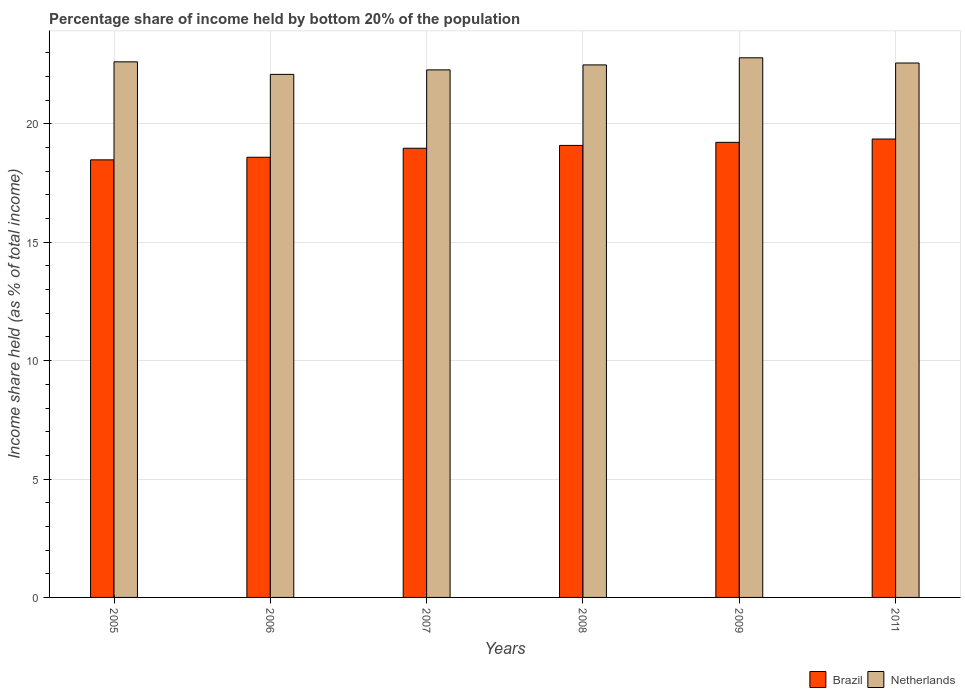
| Years | Brazil | Netherlands |
 | --- | --- | --- |
 | 2005 | 18.5 | 22.6 |
 | 2006 | 18.6 | 22.1 |
 | 2007 | 19 | 22.3 |
 | 2008 | 19.1 | 22.5 |
 | 2009 | 19.2 | 22.8 |
 | 2011 | 19.4 | 22.6 |